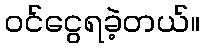
ဝင်ငွေရခဲ့တယ်။